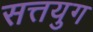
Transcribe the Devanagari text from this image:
सत्तयुग